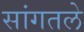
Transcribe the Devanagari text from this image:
सांगतले